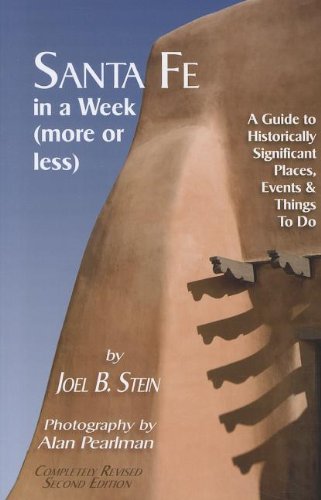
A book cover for Santa Fe in a Week (More or Less): A Guide to Historically Significant Places, Events & Things to Do; Joel B. Stein; Travel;